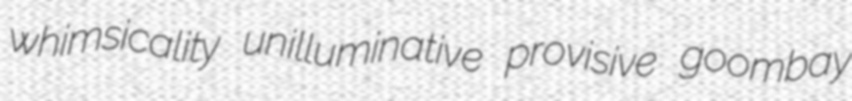
whimsicality unilluminative provisive goombay